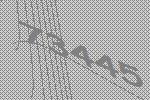
73445